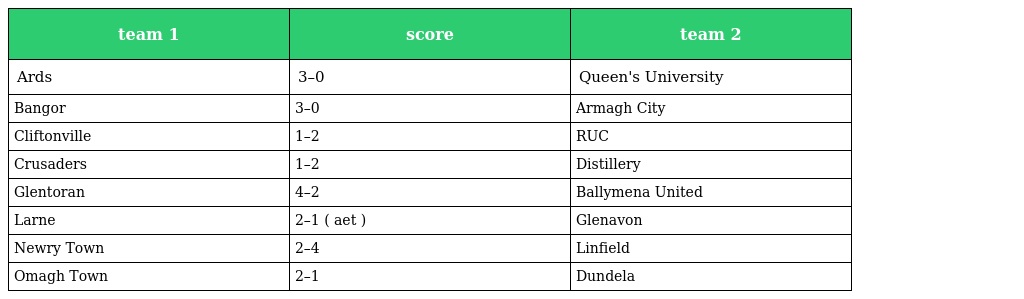
| team 1 | score | team 2 |
 | --- | --- | --- |
 | Ards | 3–0 | Queen's University |
 | Bangor | 3–0 | Armagh City |
 | Cliftonville | 1–2 | RUC |
 | Crusaders | 1–2 | Distillery |
 | Glentoran | 4–2 | Ballymena United |
 | Larne | 2–1 ( aet ) | Glenavon |
 | Newry Town | 2–4 | Linfield |
 | Omagh Town | 2–1 | Dundela |